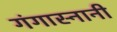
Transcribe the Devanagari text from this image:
गंगास्नानी